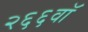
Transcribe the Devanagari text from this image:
२६६वॉ